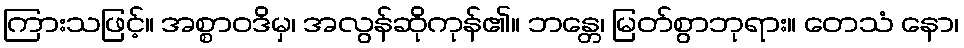
ကြားသဖြင့်။ အစ္စာဝဒိမှ၊ အလွန်ဆိုကုန်၏။ ဘန္တေ၊ မြတ်စွာဘုရား။ တေသံ နော၊